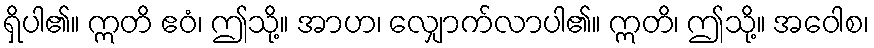
ရှိပါ၏။ ဣတိ ဧဝံ၊ ဤသို့။ အာဟ၊ လျှောက်လာပါ၏။ ဣတိ၊ ဤသို့။ အဝေါစ၊